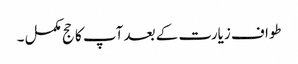
طواف زیارت کے بعد آپ کا حج مکمل ۔